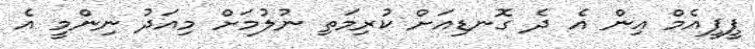
ޕީޕީއެމް އިން އެ ދެ ގޮނޑިއަށް ކުރިމަތި ނުލުމަށް މިއަދު ނިންމީ އެ